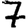
Digit: 7